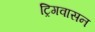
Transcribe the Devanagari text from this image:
ट्रिगवासन